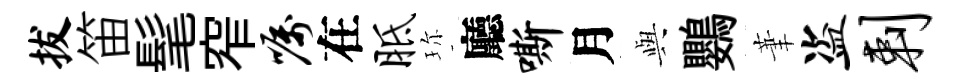
拔笛髦窄嘱在胝珎廳嘶月𫤰鸚茟盗剌